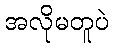
အလိုမတူပဲ